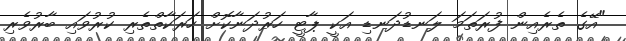
"އޭގެ ތެރެއިން ފުރަތަމަ ލަނޑުދަނޑި އަކީ ޕާޓީ ހަރުދަނާކޮށް ހަރަކާތްތެރި ކުރުވައި ބާރުވެރި